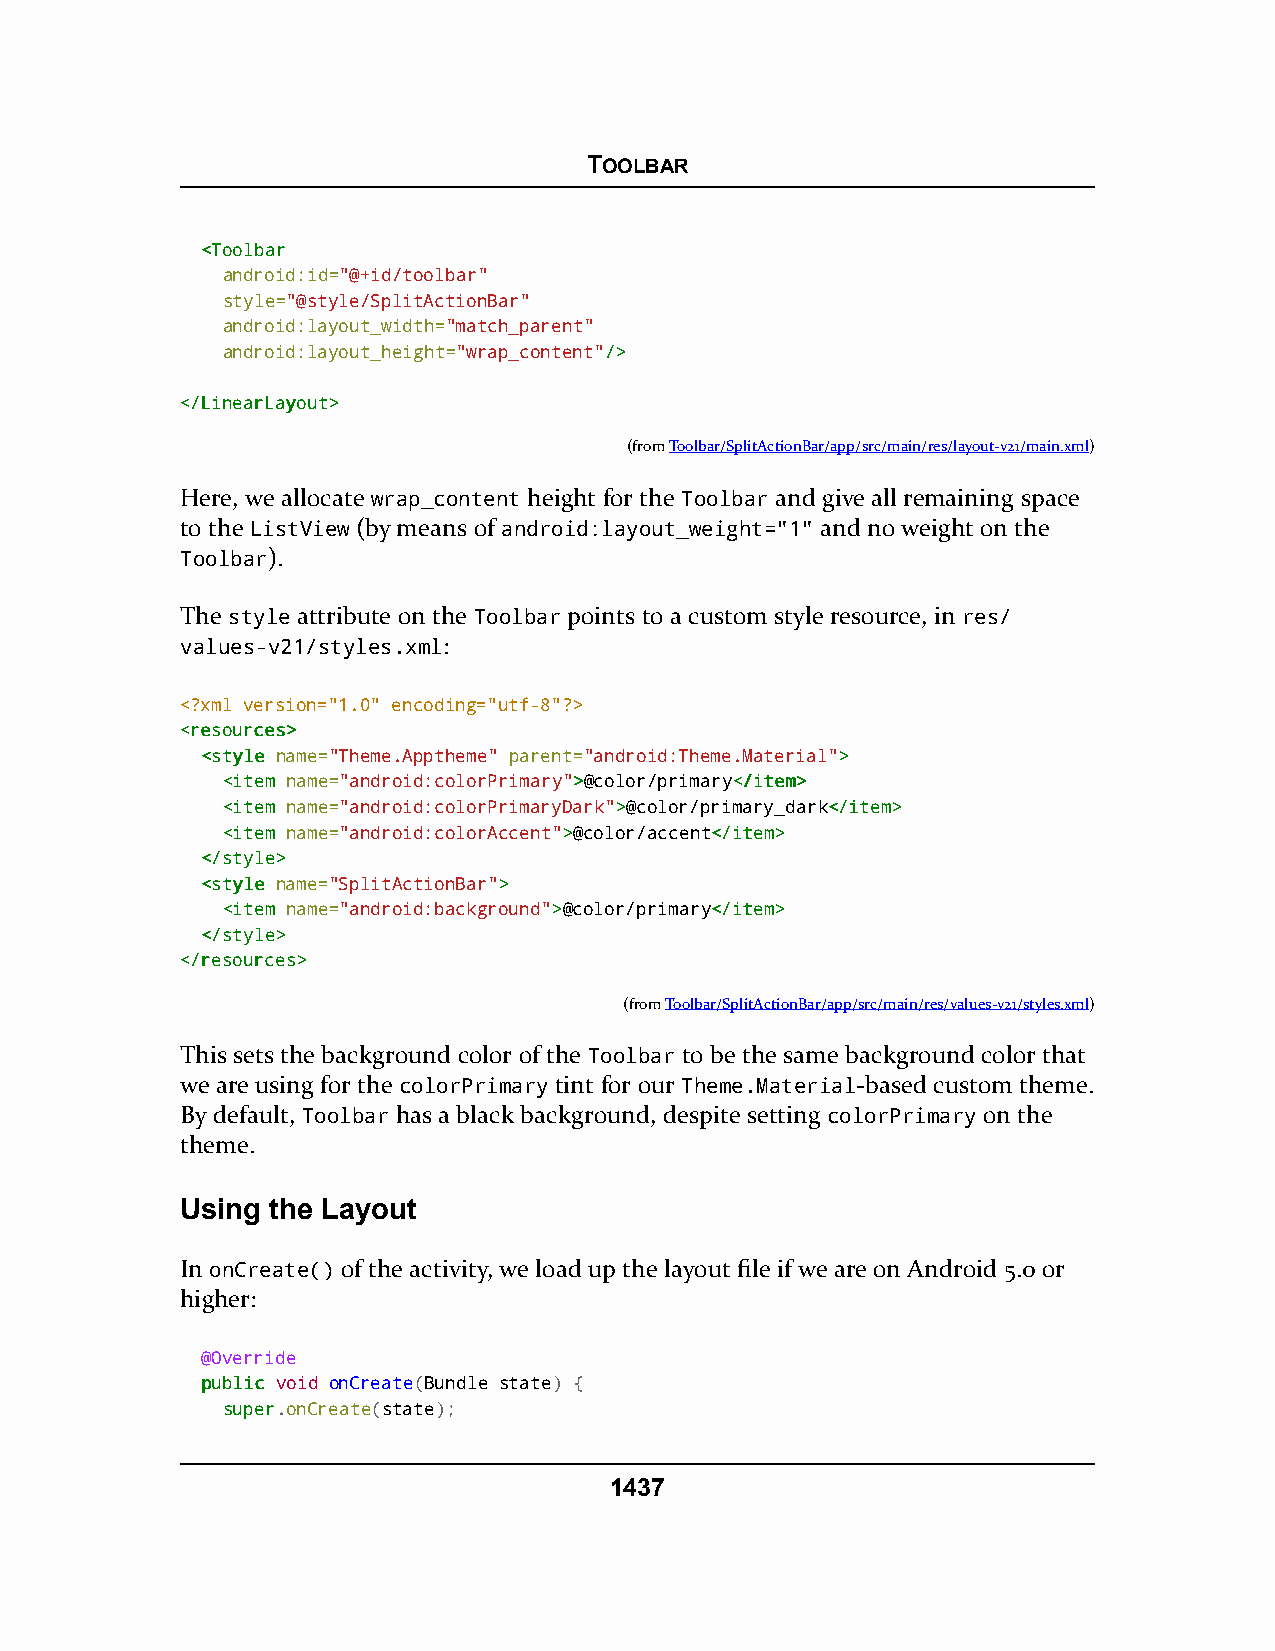
TOOLBAR
 <<TToooollbbaarr
 android:id="@+id/toolbar"
 style="@style/SplitActionBar"
 android:layout_width="match_parent"
 android:layout_height="wrap_content"//>>
 <<//LLiinneeaarrLLaayyoouutt>>
 (fromToolbar/SplitActionBar/app/src/main/res/layout-v21/main.xml)
 Here, we allocate wrap_content height for the Toolbar and give all remaining space
 to the ListView (by means of android:layout_weight="1" and no weight on the
 Toolbar).
 The style attribute on the Toolbar points to a custom style resource, in res/
 values-v21/styles.xml:
 <?xml version="1.0" encoding="utf-8"?>
 <<rreessoouurrcceess>>
 <<ssttyyllee name="Theme.Apptheme" parent="android:Theme.Material">>
 <<iitteemm name="android:colorPrimary">>@color/primary<<//iitteemm>>
 <<iitteemm name="android:colorPrimaryDark">>@color/primary_dark<<//iitteemm>>
 <<iitteemm name="android:colorAccent">>@color/accent<<//iitteemm>>
 <<//ssttyyllee>>
 <<ssttyyllee name="SplitActionBar">>
 <<iitteemm name="android:background">>@color/primary<<//iitteemm>>
 <<//ssttyyllee>>
 <<//rreessoouurrcceess>>
 (fromToolbar/SplitActionBar/app/src/main/res/values-v21/styles.xml)
 This sets the background color of the Toolbar to be the same background color that
 we are using for the colorPrimary tint for our Theme.Material-based custom theme.
 By default, Toolbar has a black background, despite setting colorPrimary on the
 theme.
 Using the Layout
 In onCreate() of the activity, we load up the layout file if we are on Android 5.0 or
 higher:
 @Override
 ppuubblliicc void onCreate(Bundle state) {
 ssuuppeerr.onCreate(state);
 1437